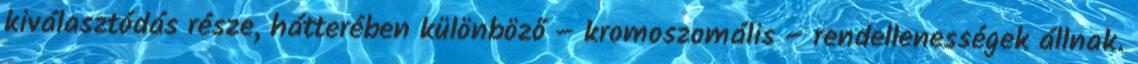
kiválasztódás része, hátterében különböző – kromoszomális – rendellenességek állnak.